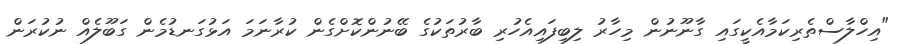
"އިހްލާސްތެރިކަމާއެކީގައި ގާނޫނުން މިހާރު ލިބިފައިއެހުރި ބާރުތަކުގެ ބޭނުންކޮށްގެން ކުރާނަމަ އަޅުގަނޑުމެން ގަބޫލެއް ނުކުރަން